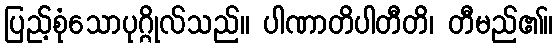
ပြည့်စုံသောပုဂ္ဂိုလ်သည်။ ပါဏာတိပါတီတိ၊ တီမည်၏။